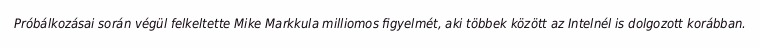
Próbálkozásai során végül felkeltette Mike Markkula milliomos figyelmét, aki többek között az Intelnél is dolgozott korábban.